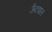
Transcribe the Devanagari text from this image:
ऊँटवाल